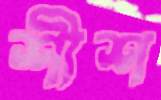
শীশ